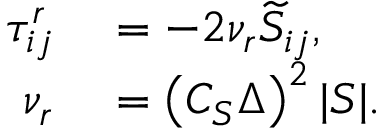
\begin{array} { r l } { \tau _ { i j } ^ { r } } & { { } = - 2 \nu _ { r } \widetilde { S } _ { i j } , } \\ { \nu _ { r } } & { { } = \left( C _ { S } \Delta \right) ^ { 2 } | S | . } \end{array}